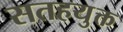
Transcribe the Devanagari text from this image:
सतहयुक्त